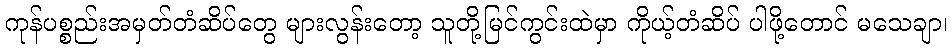
ကုန်ပစ္စည်းအမှတ်တံဆိပ်တွေ များလွန်းတော့ သူတို့မြင်ကွင်းထဲမှာ ကိုယ့်တံဆိပ် ပါဖို့တောင် မသေချာ၊